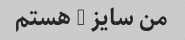
من سایز 6 هستم